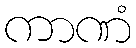
ကာဏံ